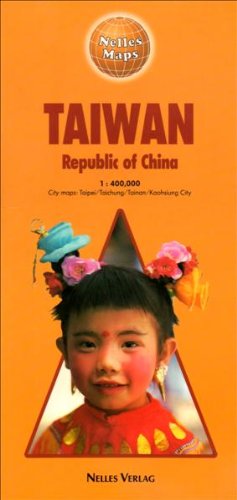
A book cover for Taiwan; Nelles Verlag; Travel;